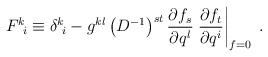
LaTeX: \begin{align*}F^k\!_i\equiv \delta^k\!_i-g^{kl}\left(D^{-1} \right)^{st}\frac{\partial f_s}{\partial q^l}\left.\frac{\partial f_t}{\partial q^i}\right|_{f=0} \;.\end{align*}